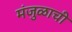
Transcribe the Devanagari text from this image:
मंजुळाची